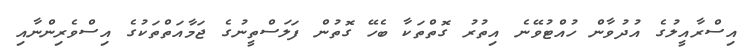
އިސްރާއީލުގެ އުދުވާން ހުއްޓުވޭނެ އިތުރު ގޮތްތަކާ ބެހޭ ގޮތުން ފަލަސްތީނުގެ ޖަމާއަތްތަކުގެ އިސްވެރިންނާއި